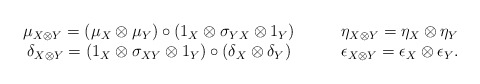
\begin{align*} \begin{array}{cc} \mu_{X\otimes Y} = (\mu_X \otimes \mu_Y)\circ(1_X \otimes \sigma_{YX}\otimes 1_Y) \qquad& \eta_{X\otimes Y} = \eta_X \otimes \eta_Y \\ \delta_{X\otimes Y} = (1_X \otimes \sigma_{XY}\otimes 1_Y)\circ(\delta_X \otimes \delta_Y) \qquad& \epsilon_{X\otimes Y} = \epsilon_X \otimes \epsilon_Y. \end{array}\end{align*}